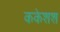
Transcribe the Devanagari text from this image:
ककेशश